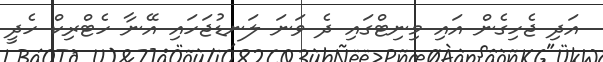
އަދި ޖެހިގެން އައި މިނިޓްގައި ދެ ވަނަ ލަނޑުޖަހައި އޭނާ ހެޓްރިކް ހެދީ